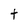
Character: t